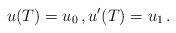
LaTeX: \begin{align*}u(T)=u_0\,,u'(T)=u_1\,.\end{align*}